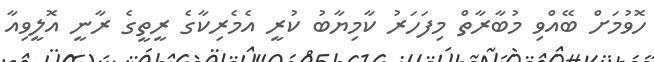
ހޮވުމަށް ބޭއްވި މުބާރާތް މިފަހަރު ކާމިޔާބު ކުރީ އެމެރިކާގެ ރީތީގެ ރާނީ އޮލީވިއާ